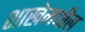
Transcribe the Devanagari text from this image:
शाखेमधील